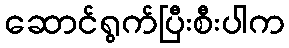
ဆောင်ရွက်ပြီးစီးပါက